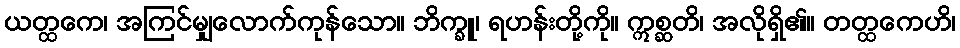
ယတ္ထကေ၊ အကြင်မျှလောက်ကုန်သော။ ဘိက္ခူ၊ ရဟန်းတို့ကို။ ဣစ္ဆတိ၊ အလိုရှိ၏။ တတ္ထကေဟိ၊